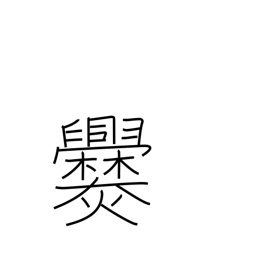
Meaning: cook